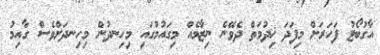
އާގުބޯޓު ފަހަރަށް މިފަދަ ޚިދުމަތް ދެވޭނެ ނިޒާމެއް މިގައުމުގައި މިހިނދުން މިހިނދަށްވެސް ގާއިމު